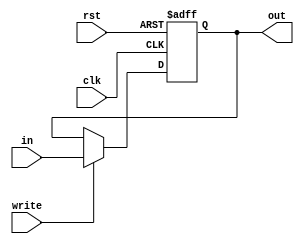
`timescale 1ns/1ns
module reg_4bit(in, write, clk, rst, out);
	input [3:0] in;
	input write, clk, rst;
	output reg [3:0] out;
	
	always @(posedge clk, posedge rst) begin
		if(rst)
			out <= 4'd0;
		else if(write)
			out <= in;
	end

endmodule

module reg_13bit(in, write, clk, rst, out);
	input [12:0] in;
	input write, clk, rst;
	output reg [12:0] out;
	
	always @(posedge clk, posedge rst) begin
		if(rst)
			out <= 13'd0;
		else if(write)
			out <= in;
	end

endmodule